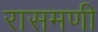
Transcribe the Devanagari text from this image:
रासमणी